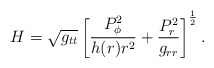
\begin{align*}H=\sqrt{g_{tt}}\left[{P^2_{\phi}\over{h(r)r^2}}+{P^2_r\over{g_{rr}}}\right]^{1\over 2}.\end{align*}